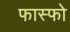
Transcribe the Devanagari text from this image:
फास्फो